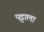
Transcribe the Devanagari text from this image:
पट्टाला